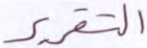
التقرير